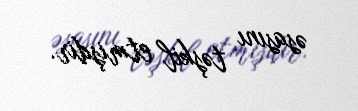
əsasını təşkil etmişdir.